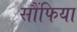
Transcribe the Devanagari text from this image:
सौंफिया